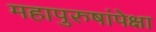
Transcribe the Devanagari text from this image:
महापुरुषांपेक्षा